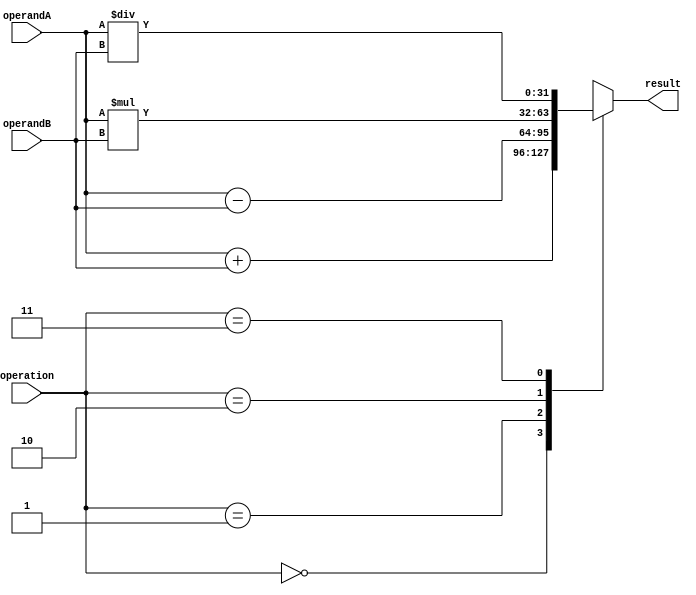
module FloatingPointUnit(
  input wire [31:0] operandA,
  input wire [31:0] operandB,
  input wire [2:0] operation,
  output reg [31:0] result
);

always @(operandA, operandB, operation) begin
  case(operation)
    3'b000: // Addition
      result <= operandA + operandB;
    3'b001: // Subtraction
      result <= operandA - operandB;
    3'b010: // Multiplication
      result <= operandA * operandB;
    3'b011: // Division
      result <= operandA / operandB;
    default:
      result <= 32'hxxxxxxxx; // Error
  endcase
end

endmodule